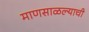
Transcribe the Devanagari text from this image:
माणसाळल्याची